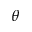
\theta